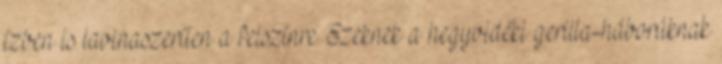
ízben is lavinaszerűen a felszínre. Ezeknek a hegyvidéki gerilla-háborúknak